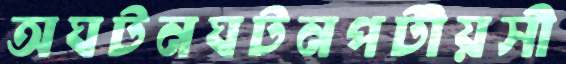
অঘটনঘটনপটীয়সী